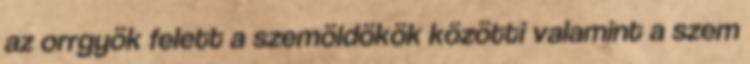
az orrgyök felett a szemöldökök közötti valamint a szem